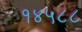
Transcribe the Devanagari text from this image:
१४५८८